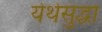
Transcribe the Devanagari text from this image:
येथेसुद्धा